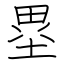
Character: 塁